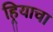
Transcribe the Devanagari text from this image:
हिर्‍याचा